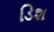
ડિશ